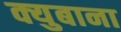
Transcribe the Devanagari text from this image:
क्युबाना